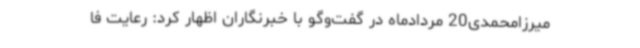
میرزامحمدی20 مردادماه در گفت‌وگو با خبرنگاران اظهار کرد: رعایت فا